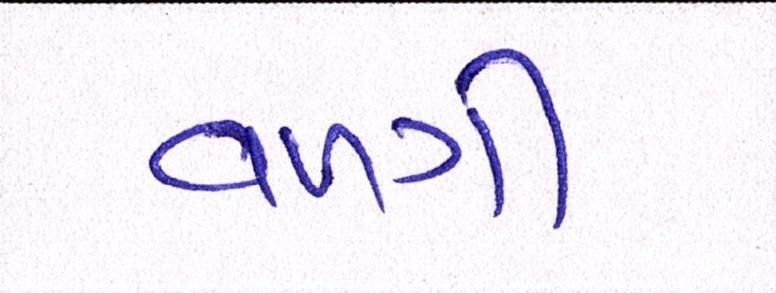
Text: વળગી